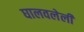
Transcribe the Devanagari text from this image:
घालवलेली